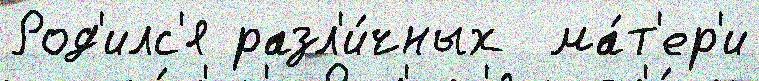
Род'илс'я разл'и́чных  ма́т'ер'и